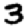
Digit: 3